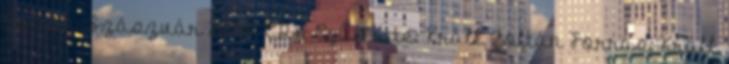
Zoltán „Szászvár 2000” CD-n Gyűjtötte: Králl Zoltán Forrás: Králl